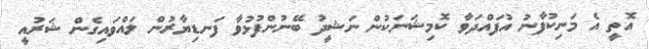
އޮތީ އެ މަނިކުފާނު އުފައްދަވާ ކޮމިޝަނަކުން ނަޝީދު ބޭނުންފުޅުވާ ފަނޑިޔާރުން ލައްވައިގެން ޝަރުއީ